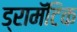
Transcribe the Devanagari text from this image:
ड्रामॅटिक